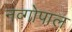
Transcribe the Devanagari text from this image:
नव्गोपाल